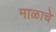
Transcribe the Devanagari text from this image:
माळाचे